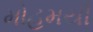
મોહમયી